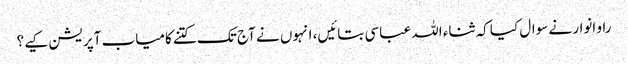
راو انوار نے سوال کیا کہ ثناء اللہ عباسی بتائیں، انہوں نے آج تک کتنے کامیاب آپریشن کیے؟